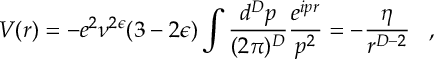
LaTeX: V ( r ) = - e ^ { 2 } \nu ^ { 2 \epsilon } ( 3 - 2 \epsilon ) \int \frac { d ^ { D } p } { ( 2 \pi ) ^ { D } } \frac { e ^ { i p r } } { p ^ { 2 } } = - \frac { \eta } { r ^ { D - 2 } } \; \; \; ,